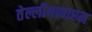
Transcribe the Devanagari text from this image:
तेल्लीयावारम